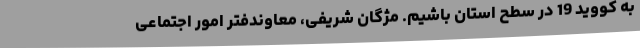
به کووید 19 در سطح استان باشیم. مژگان شریفی، معاوندفتر امور اجتماعی